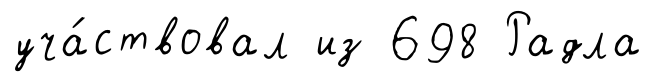
уча́ствовал из 698 Радла